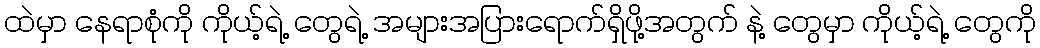
ထဲမှာ နေရာစုံကို ကိုယ့်ရဲ့ တွေရဲ့ အများအပြားရောက်ရှိဖို့အတွက် နဲ့ တွေမှာ ကိုယ့်ရဲ့ တွေကို